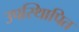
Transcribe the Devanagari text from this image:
उपस्थिापित